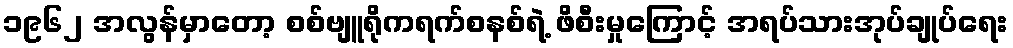
၁၉၆၂ အလွန်မှာတော့ စစ်ဗျူရိုကရက်စနစ်ရဲ့ ဖိစီးမှုကြောင့် အရပ်သားအုပ်ချုပ်ရေး